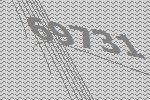
69731